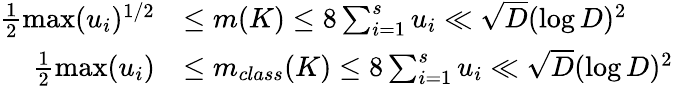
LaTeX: \begin{array}{rl}{\frac{1}{2}\operatorname*{max}(u_{i})^{1/2}}&{\leq m(K)\leq 8\sum_{i=1}^{s}u_{i}\ll\sqrt{D}(\log D)^{2}}\\ {\frac{1}{2}\operatorname*{max}(u_{i})}&{\leq m_{class}(K)\leq 8\sum_{i=1}^{s}u_{i}\ll\sqrt{D}(\log D)^{2}}\end{array}